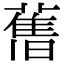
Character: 𦾔